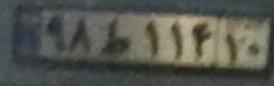
۹۸ط۱۱۴۱۰